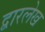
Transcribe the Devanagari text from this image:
द्वारलेख